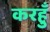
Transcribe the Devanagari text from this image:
करहुँ